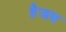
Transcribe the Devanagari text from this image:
हैजब